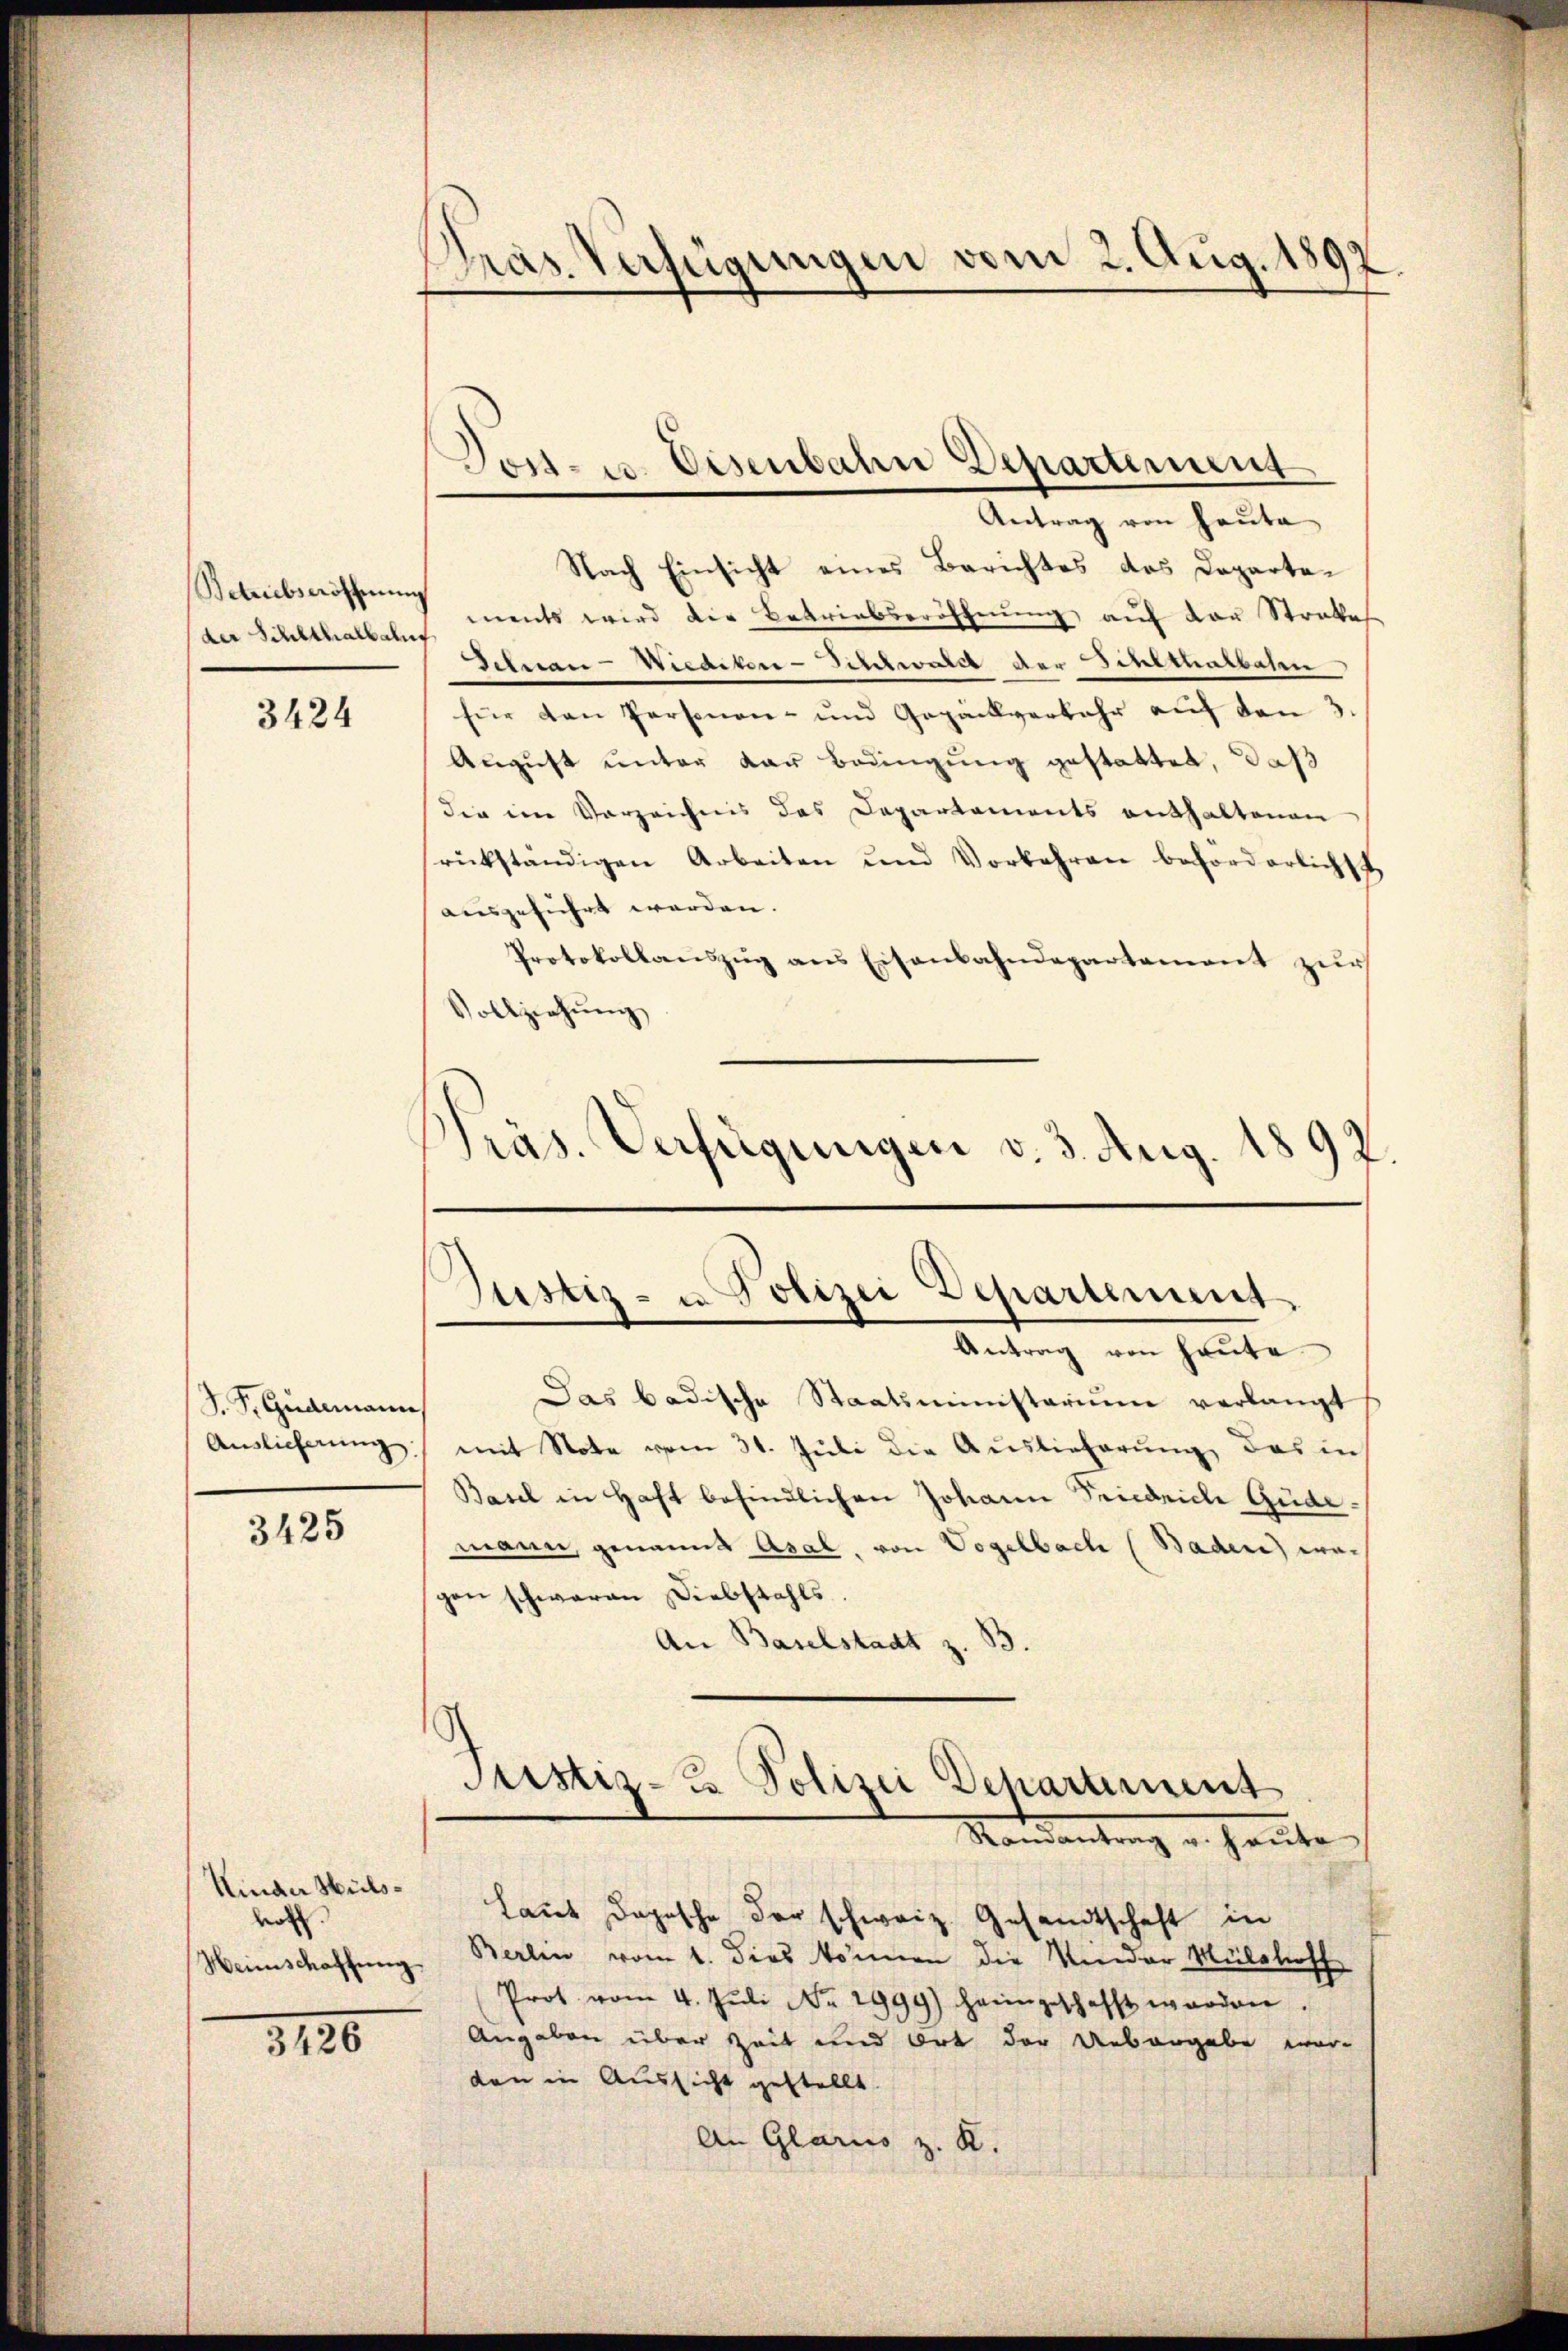
Betriebseröffnung

3424

J. P. Gudemann
Auslieferung

3425

Kinder Milwoch

316

Graz Verfügungen vom 2. Aug. 1892

Antrag von Hauta
Nach Einsicht eines Berichtes des Departeder Schlthackeln ents wird die Betriebseröffnŭng auf der Strabes
Behnau-Wiediten-Sihlwald der Schlthalbahn
für den Personen- und Gepäckverfahr auf den 3
August unter kan Bedingung gestattet, daß
die im Vorzeichnis das Departaments enthaltenen
rückständigen Arbeiten und Vorbehren beforderlichst
ausgeführt werden.
Protokollauszug aus Eisenbahndepartement zur
Vollziehŭng
Präs. Verfügungen v. 3. Aug. 1897.

Joss- u. Disenbahn Departement

Justiz- u Polizei Departement

Antrag von heute
Das badische Staatsministerium verlangt
mit Note vom 31. Juli die Auslieferung, das in
Basel in Haft befindlichen Johann Friedrich Güdemann, genannt Asal, von Vogelbach (Baden) wagen schwaren Diebstahls.
An Baselstadt z.
Justiz- & Polizei Departement
Mandantrag u. heute
Laut Dopische der schweiz. Gesandtschaft in
Wennschaffung. Berlin vom 1. dies können die Kinder Mülhoff
Prot. vom 4. Jŭli Nr. 1999) heimgeschafft worden.
Angaben über Zeit und Ort der Uebergabe wor-
ten in Aussicht gestellt.
An Glarus z. K.